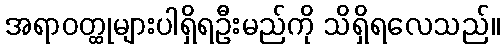
အရာဝတ္ထုများပါရှိရဦးမည်ကို သိရှိရလေသည်။